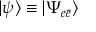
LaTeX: | \psi \rangle \equiv | \Psi _ { e \bar { e } } \rangle